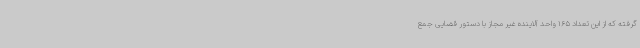
گرفته که از این تعداد 165 واحد آلاینده غیر مجاز با دستور قضایی جمع